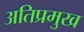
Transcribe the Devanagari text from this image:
अतिप्रमुख